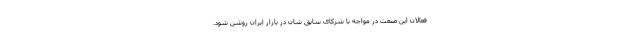
فعالان این صنعت در مواجه با شرکای سابق شان در بازار ایران روشن شود.